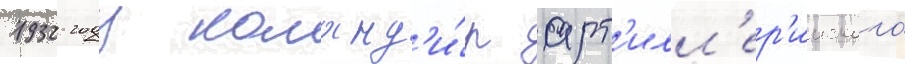
1932 году команд'и́р арт'илл'ер'ииского